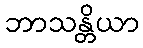
ဘာသန္တိယာ